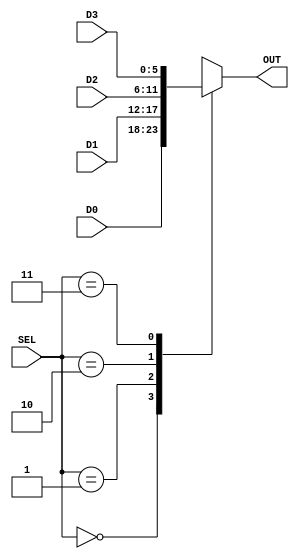
/*------------------------------------------------------------------------
 * Arquivo   : mux2x1_n.v
 * Projeto   : Jogo do Desafio da Memoria
 *------------------------------------------------------------------------
 * Descricao : multiplexador 2x1 com entradas de n bits (parametrizado) 
 * 
 * adaptado a partir do codigo my_4t1_mux.vhd do livro "Free Range VHDL"
 * 
 * exemplo de uso: ver testbench mux2x1_n_tb.v
 *------------------------------------------------------------------------
 * Revisoes  :
 *     Data        Versao  Autor             Descricao
 *     15/02/2024  1.0     Edson Midorikawa  criacao
 *------------------------------------------------------------------------
 */

module mux4x1_n #(
    parameter BITS = 6
) (
    input      [BITS-1:0] D0,
    input      [BITS-1:0] D1,
    input      [BITS-1:0] D2,
    input      [BITS-1:0] D3,
    input      [1:0]      SEL,
    output reg [BITS-1:0] OUT
);

always @(*) begin
    case (SEL)
        2'b00:    OUT = D0;
        2'b01:    OUT = D1;
        2'b10:    OUT = D2;
        2'b11:    OUT = D3;
        default: OUT = {BITS{2'b11}};
    endcase
end

endmodule